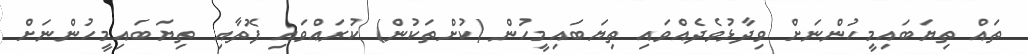
ތައް ތިޔަބައިމީހުންނަށް ވިދާޅުވެދެއްވައި ތިޔަބައިމީހުން (ކުށްތަކުން) ކުރައްވައި ފޮތާއި  ތިޔަބައިމީހުންނަށް